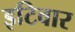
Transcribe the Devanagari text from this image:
इटिवार